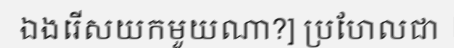
ឯងរើសយកមួយណា?] ប្រហែលជា